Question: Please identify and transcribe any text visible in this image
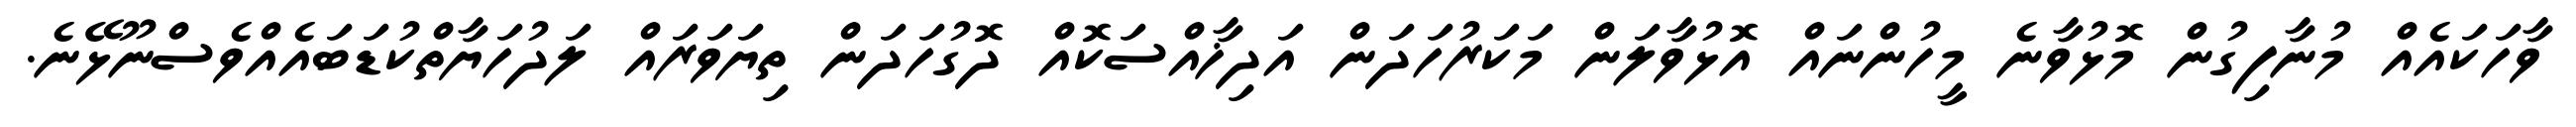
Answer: ވާހަކައެއް މުނާފިގުން މޮޅުވާނެ މީހުންނައް އޮޅުވާލަން މަކަރުހަދަން އަދިޚާއްސަކޮއް ދޮގުހަދަން ތިޔަވަރައް ލަދުހަޔާތްކުޑަބައެއްވެސްނޫޅޭނެ.